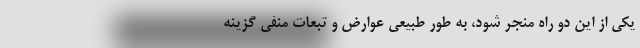
یکی از این دو راه منجر شود، به طور طبیعی عوارض و تبعات منفی گزینه